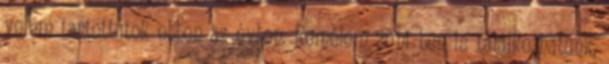
velem tartottatok ebben az évben. Remélem 2014-ben is találkozhatunk,